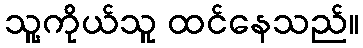
သူ့ကိုယ်သူ ထင်နေသည်။